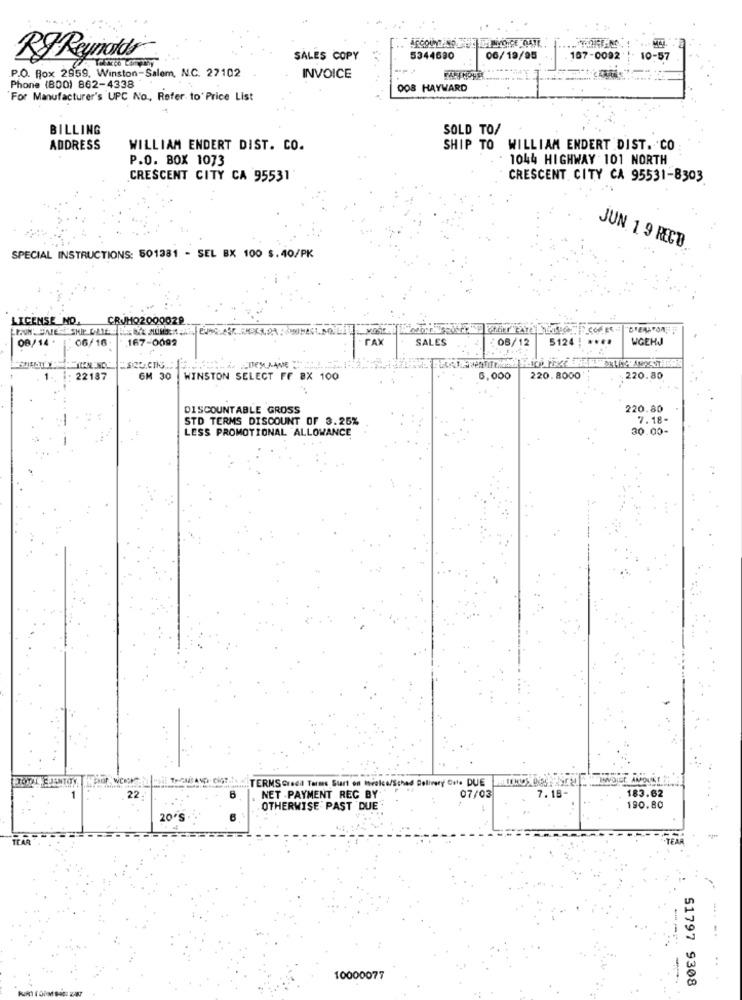
RJ Reynolds
SALES COPY
5344680
06/19/95
. 167-0092
P.O. Box 2959, Winston-Salem, N.C. 27102
INVOICE
Phone (800) 862-4338
008 HAYWARD
For Manufacturer's UPC No ., Refer to' Price List
BILLING
SOLD TO/
ADDRESS
WILLIAM ENDERT DIST. CO.
SHIP TO WILLIAM ENDERT DIST. CO
P.O. BOX 1073
1044 HIGHWAY 101 NORTH
CRESCENT CITY CA 95531
CRESCENT CITY CA 95531-8303
JUN 1 9 RECTO
SPECIAL INSTRUCTIONS: 501381 - SEL BX 100 $. 40/PK
LICENSE NO
CRUHO
08/14 .
: 06/16
167-0092
FAX
SALES
08/12
5124
....
WGEHJ
1 .. .:
22187
6M 30
WINSTON SELECT FF BX 100
6,000
220.8000*
220.80
DISCOUNTABLE GROSS
220.80
STD TERMS DISCOUNT OF 3.25%
7.18-
LESS PROMOTIONAL ALLOWANCE
30.00-
ETOTILL CUANTOY
SAND. CiOT.l. A.TERMS Credit Terms Start on Mvelca/Sched Delivery Cute DUE
7. 18-
183.82
22.
NET . PAYMENT REC BY
07/03
OTHERWISE PAST DUE
190.80
20'S
---.
..
10000077
51797 9308